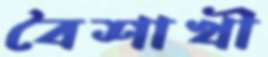
বৈশাখী